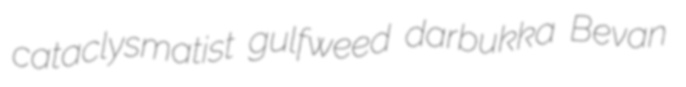
cataclysmatist gulfweed darbukka Bevan